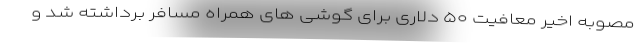
مصوبه اخیر معافیت ۵۰ دلاری برای گوشی های همراه مسافر برداشته شد و